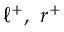
\ell ^ { + } , \ r ^ { + }